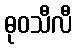
ဓုဝသီလီ